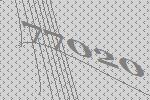
77020